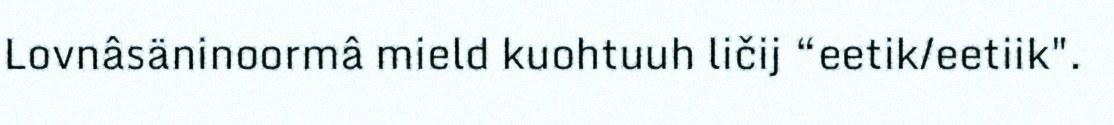
Lovnâsäninoormâ mield kuohtuuh ličij “eetik/eetiik".